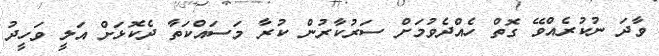
ވާދަ ނުކުރެއްވޭ ގޮތް ހެއްދެވުމަށް ސަރުކާރުން ކުރާ މަސައްކަތާ ދެކޮޅަށް އަލީ ވަހީދު